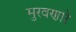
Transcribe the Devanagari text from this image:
मुरवणारे